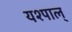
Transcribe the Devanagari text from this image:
यश्पाल्